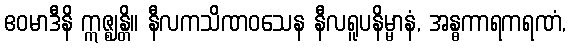
ဧဝမာဒီနိ ဣဇ္ဈန္တိ။ နီလကသိဏဝသေန နီလရူပနိမ္မာနံ, အန္ဓကာရကရဏံ,